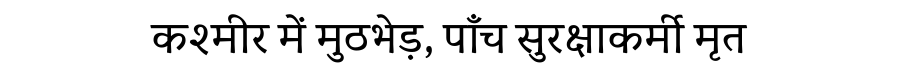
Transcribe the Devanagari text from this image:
कश्मीर में मुठभेड़, पाँच सुरक्षाकर्मी मृत